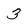
Character: 3